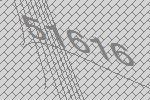
51616